Lunatic asylums United Provinces 1909-1921 - 1909-1921
Year: 1909
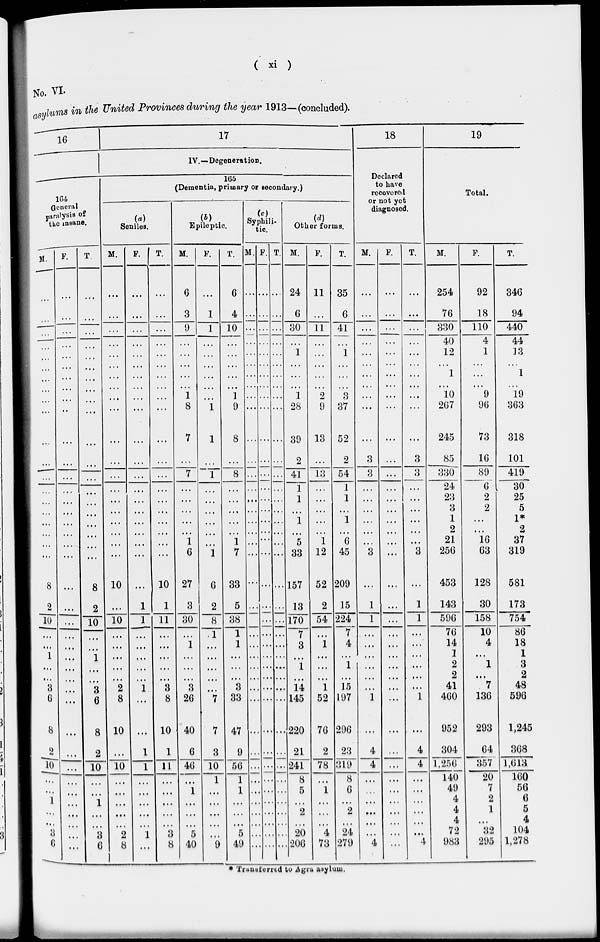
( si )
No. VI
as
lams in the United Provinces during the year 1913—.(concluded).
16
ir
18
19
IV.—Degeneration.
Declared
to have
recovered
—"
165
(Dementia, primary or secondary.)
Total.
1G4
General
paralysis of
the insane.
[a)
Senilos.
Epileptic
Sy
t t
Other forms.
diagnosed.
M.
P.
T.
M.
P.
T.
M.
P.
T. M. P . T. M.
P.
T.
M.
P.
T.
M.
P.
T.
...
...
•••
6
6
. ... 24 11 35 ...
...
...
254
92
346
...
...
...
3
9
1
4
. ... 6
. ... 30
11
6
41
...
...
...
76
330
18
94
1
10
110
440
...
••'
...
...
...
. ...
1
...
1
...
...
40
12
1
4
1
44
13
1
,..
...
...
• • •
• ■ •
1
1
. ... 1
2
8 .'.'.'
','.'.
10
"9
19
...
••
...
...
...
...
8
1
9
.... 28
9 37 ... ... ...
2G7
96
363
7
1
8
• ... 39 13 52
...
...
245
73
318
...
...
...
...
...
7
1
. ...
2
13
2
54
1
3
3 ...
3
3
85
330
16
101
89
~0~
419
——
24
30
...
...
...
...
...
...
...
I..' . ... 1
1
i
...
...
23
3
1
2
2
2
25
5
1*
2
1
1 ...' • ... 5
1
G
...
21
16
37
...
...
...
...
...
...
6
1
12 45
3
...
3
256
63
319
8
8 10
10 27
G 33 •• •-..157 52 209 ...
...
...
453
128
581
2 ...
2
10 10
1
1
1
11
3
30
2
8
1
5 ... •
38
13
170
7
2
54
15
224"
"T
1
1
...
1
1
143
30
173
10
596
158
754
■
7G
10
86
...
i
1 ...
i 4
...
14
4
18
1 ...
1
...
...
...
...
...
...
i
...
...
...
1
2
1
1
3
...
< •.
2
• •.
2
8
3
2
1
3
3
I 15
...
41
7
48
G ...
6
8 ...
8 20
7 33
145
52 197
1
...
1
460
130
596
8
8 10
10 40
7
7G 29G
...
952
293
1,245
2 •••
2
10 10
1
1
1
11
6
40
8
10
i
2
78
23
319
8
4
4 ...
4
4
304
64
■"867
308
10
1,250
1,013
140
20
160
1
1
G
49
7
56
1 ...
1
...
...
...
...
2
...
2
...
...
...
4
4
2
1
6
5
4
...
4
a
G
...
8
fi
2
8
1
8
8
5
40
9
5 .
49 ...
20
206
4
73
24
279 *4
"i
72
983
32
295
104
1,278
1
1
Tiuusiorrtd to Agra asylum.